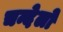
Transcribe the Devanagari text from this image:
चन्देलो